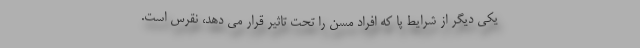
یکی دیگر از شرایط پا که افراد مسن را تحت تاثیر قرار می دهد، نقرس است.